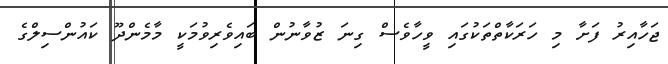
ޖަހާއިރު ފަށާ މި ހަރަކާތްތަކުގައި ވީހާވެސް ގިނަ ޒުވާނުން ބައިވެރިވުމަކީ މާމެންދޫ ކައުންސިލްގެ